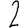
Digit: 2